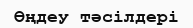
Өңдеу тәсілдері